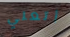
أتعني